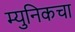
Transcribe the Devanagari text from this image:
म्युनिकचा